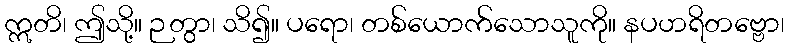
ဣတိ၊ ဤသို့။ ဉတွာ၊ သိ၍။ ပရော၊ တစ်ယောက်သောသူကို။ နပဟရိတဗ္ဗော၊